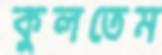
কুলতেম